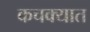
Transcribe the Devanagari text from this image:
कचक्यात